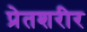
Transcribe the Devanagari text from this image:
प्रेतशरीर